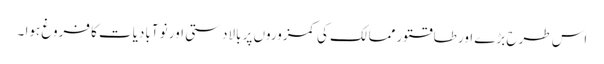
اس طرح بڑے اور طاقتور ممالک کی کمزوروں پر بالادستی اور نو آبادیات کا فروغ ہوا ۔